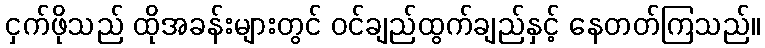
ငှက်ဖိုသည် ထိုအခန်းများတွင် ဝင်ချည်ထွက်ချည်နှင့် နေတတ်ကြသည်။